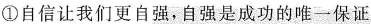
①自信让我们更自强，自强是成功的唯一保证